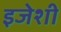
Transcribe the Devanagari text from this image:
इजेशी